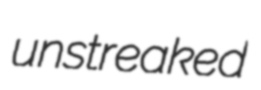
unstreaked